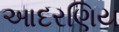
આદરણિય